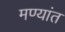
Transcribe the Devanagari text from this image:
मण्यांत